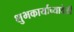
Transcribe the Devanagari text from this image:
शुभकार्याच्यावेळी